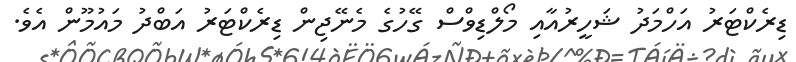
ޑިރެކްޓަރު އަހްމަދު ޝަހީރުއާއި މޯލްޑިވްސް ގޭހުގެ މެނޭޖިން ޑިރެކްޓަރު އަބްދު މައުމޫން އެވެ.